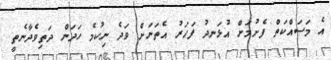
އެ މަސައްކަތް ފެށުމަށް އުޅަނދު ފަހަރު އެތަނަށް ވަދެ ނިކުމެ ހަދަން ދަތިވެދާނެތީ